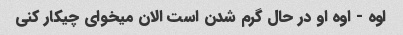
اوه - اوه او در حال گرم شدن است الان میخوای چیکار کنی